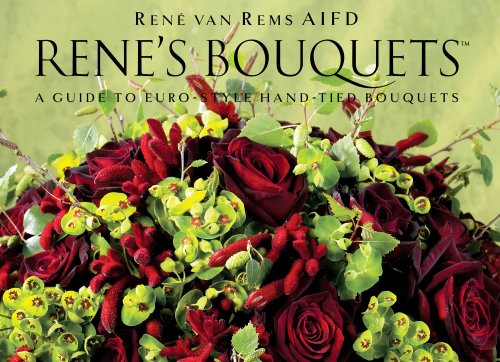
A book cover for RenÃ©'s Bouquets: A Guide to Euro-Style Hand-Tied Bouquets (English and Spanish Edition); RenÃ© van Rems; Crafts, Hobbies & Home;